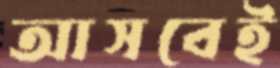
আসবেই